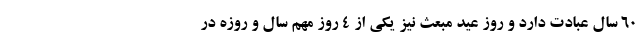
۶۰ سال عبادت دارد و روز عید مبعث نیز یکی از ۴ روز مهم سال و روزه در